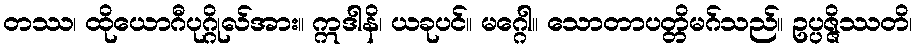
တဿ၊ ထိုယောဂီပုဂ္ဂိုလ်အား။ ဣဒါနိ၊ ယခုပင်။ မဂ္ဂေါ။ သောတာပတ္တိမဂ်သည်။ ဥပ္ပဇ္ဇိဿတိ၊